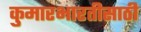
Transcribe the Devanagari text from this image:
कुमारभारतीसाठी